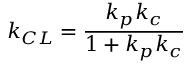
k _ { C L } = { \frac { k _ { p } k _ { c } } { 1 + k _ { p } k _ { c } } }